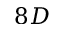
8 D